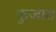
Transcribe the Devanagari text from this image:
फुजारा